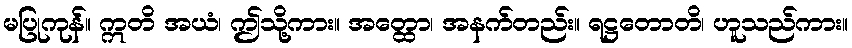
မပြုကုန်။ ဣတိ အယံ၊ ဤသို့ကား။ အတ္ထော၊ အနက်တည်း။ ရဋ္ဌတောတိ၊ ဟူသည်ကား။